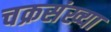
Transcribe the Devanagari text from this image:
चक्रसंख्या